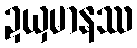
ဍယှမာနဿ